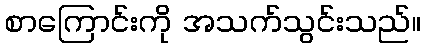
စာကြောင်းကို အသက်သွင်းသည်။